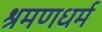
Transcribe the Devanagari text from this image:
श्रमणधर्म